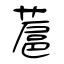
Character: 蔰